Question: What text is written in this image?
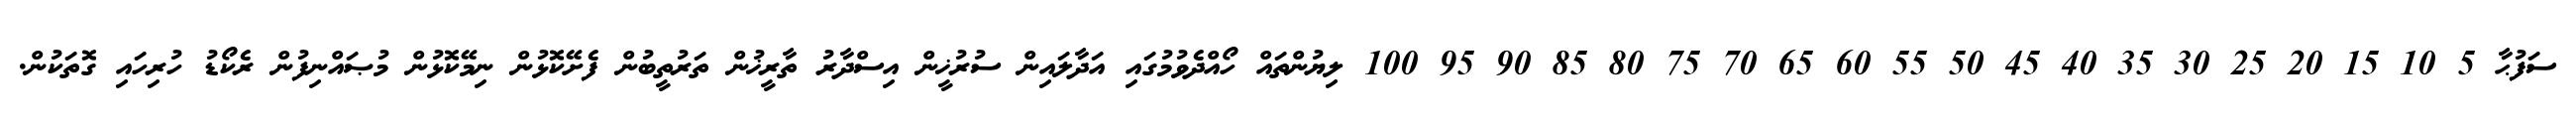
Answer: ސަފުޙާ 5 10 15 20 25 30 35 40 45 50 55 60 65 70 75 80 85 90 95 100 ލިޔުންތައް ހޯއްދެވުމުގައި އަދާލައިން ސުރުޚީން އިސްދާރު ތާރީޚުން ތަރުތީބުން ފެށޭކޮޅުން ނިމޭކޮޅުން މުޞައްނިފުން ރެކޯޑު ހުރިހައި ގޮތަކުން.